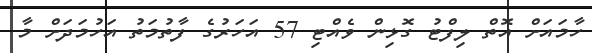
ހާމައަށް އޮތް ލިފްޓު ގޮޅިން ވެއްޓި 57 އަހަރުގެ ފާތުމަތު އަހުމަދަށް މާ